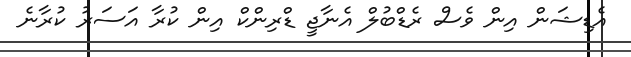
އެޑިޝަން އިން ވެސް ރެޑްބުލް އެނާޖީ ޑްރިންކް އިން ކުރާ އަސަރު ކުރާނެ